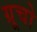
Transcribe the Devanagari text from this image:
ग्रूचो